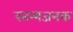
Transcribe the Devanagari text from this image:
स्तन्यजनक